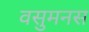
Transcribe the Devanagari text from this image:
वसुमनस